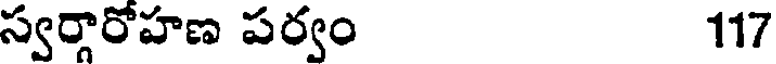
స్వర్గారోహణ పర్వం 117